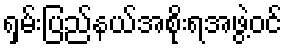
ရှမ်းပြည်နယ်အစိုးရအဖွဲ့ဝင်